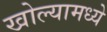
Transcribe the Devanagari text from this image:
खोल्यामध्ये